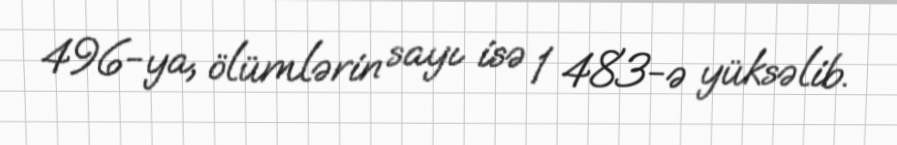
496-ya, ölümlərin sayı isə 1 483-ə yüksəlib.